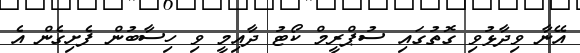
އޭނާ ވިދާޅުވި ގޮތުގައި ސުޕްރީމް ކޯޓު ދާއިމީ ވި ހިސާބުން ފެށިގެން އެ